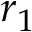
r _ { 1 }